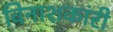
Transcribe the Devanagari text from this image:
विनाशकांरी